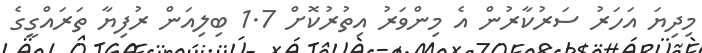
މިދިޔަ އަހަރު ސަރުކާރުން އެ މިންވަރު އިތުރުކޮށް 1.7 ބިލިއަން ރުފިޔާ ތަރައްގީގެ